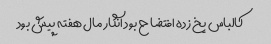
کالباس یخ زده افتضاح بود انگار مال هفته پیش بود